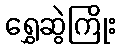
ရွှေဆွဲကြိုး